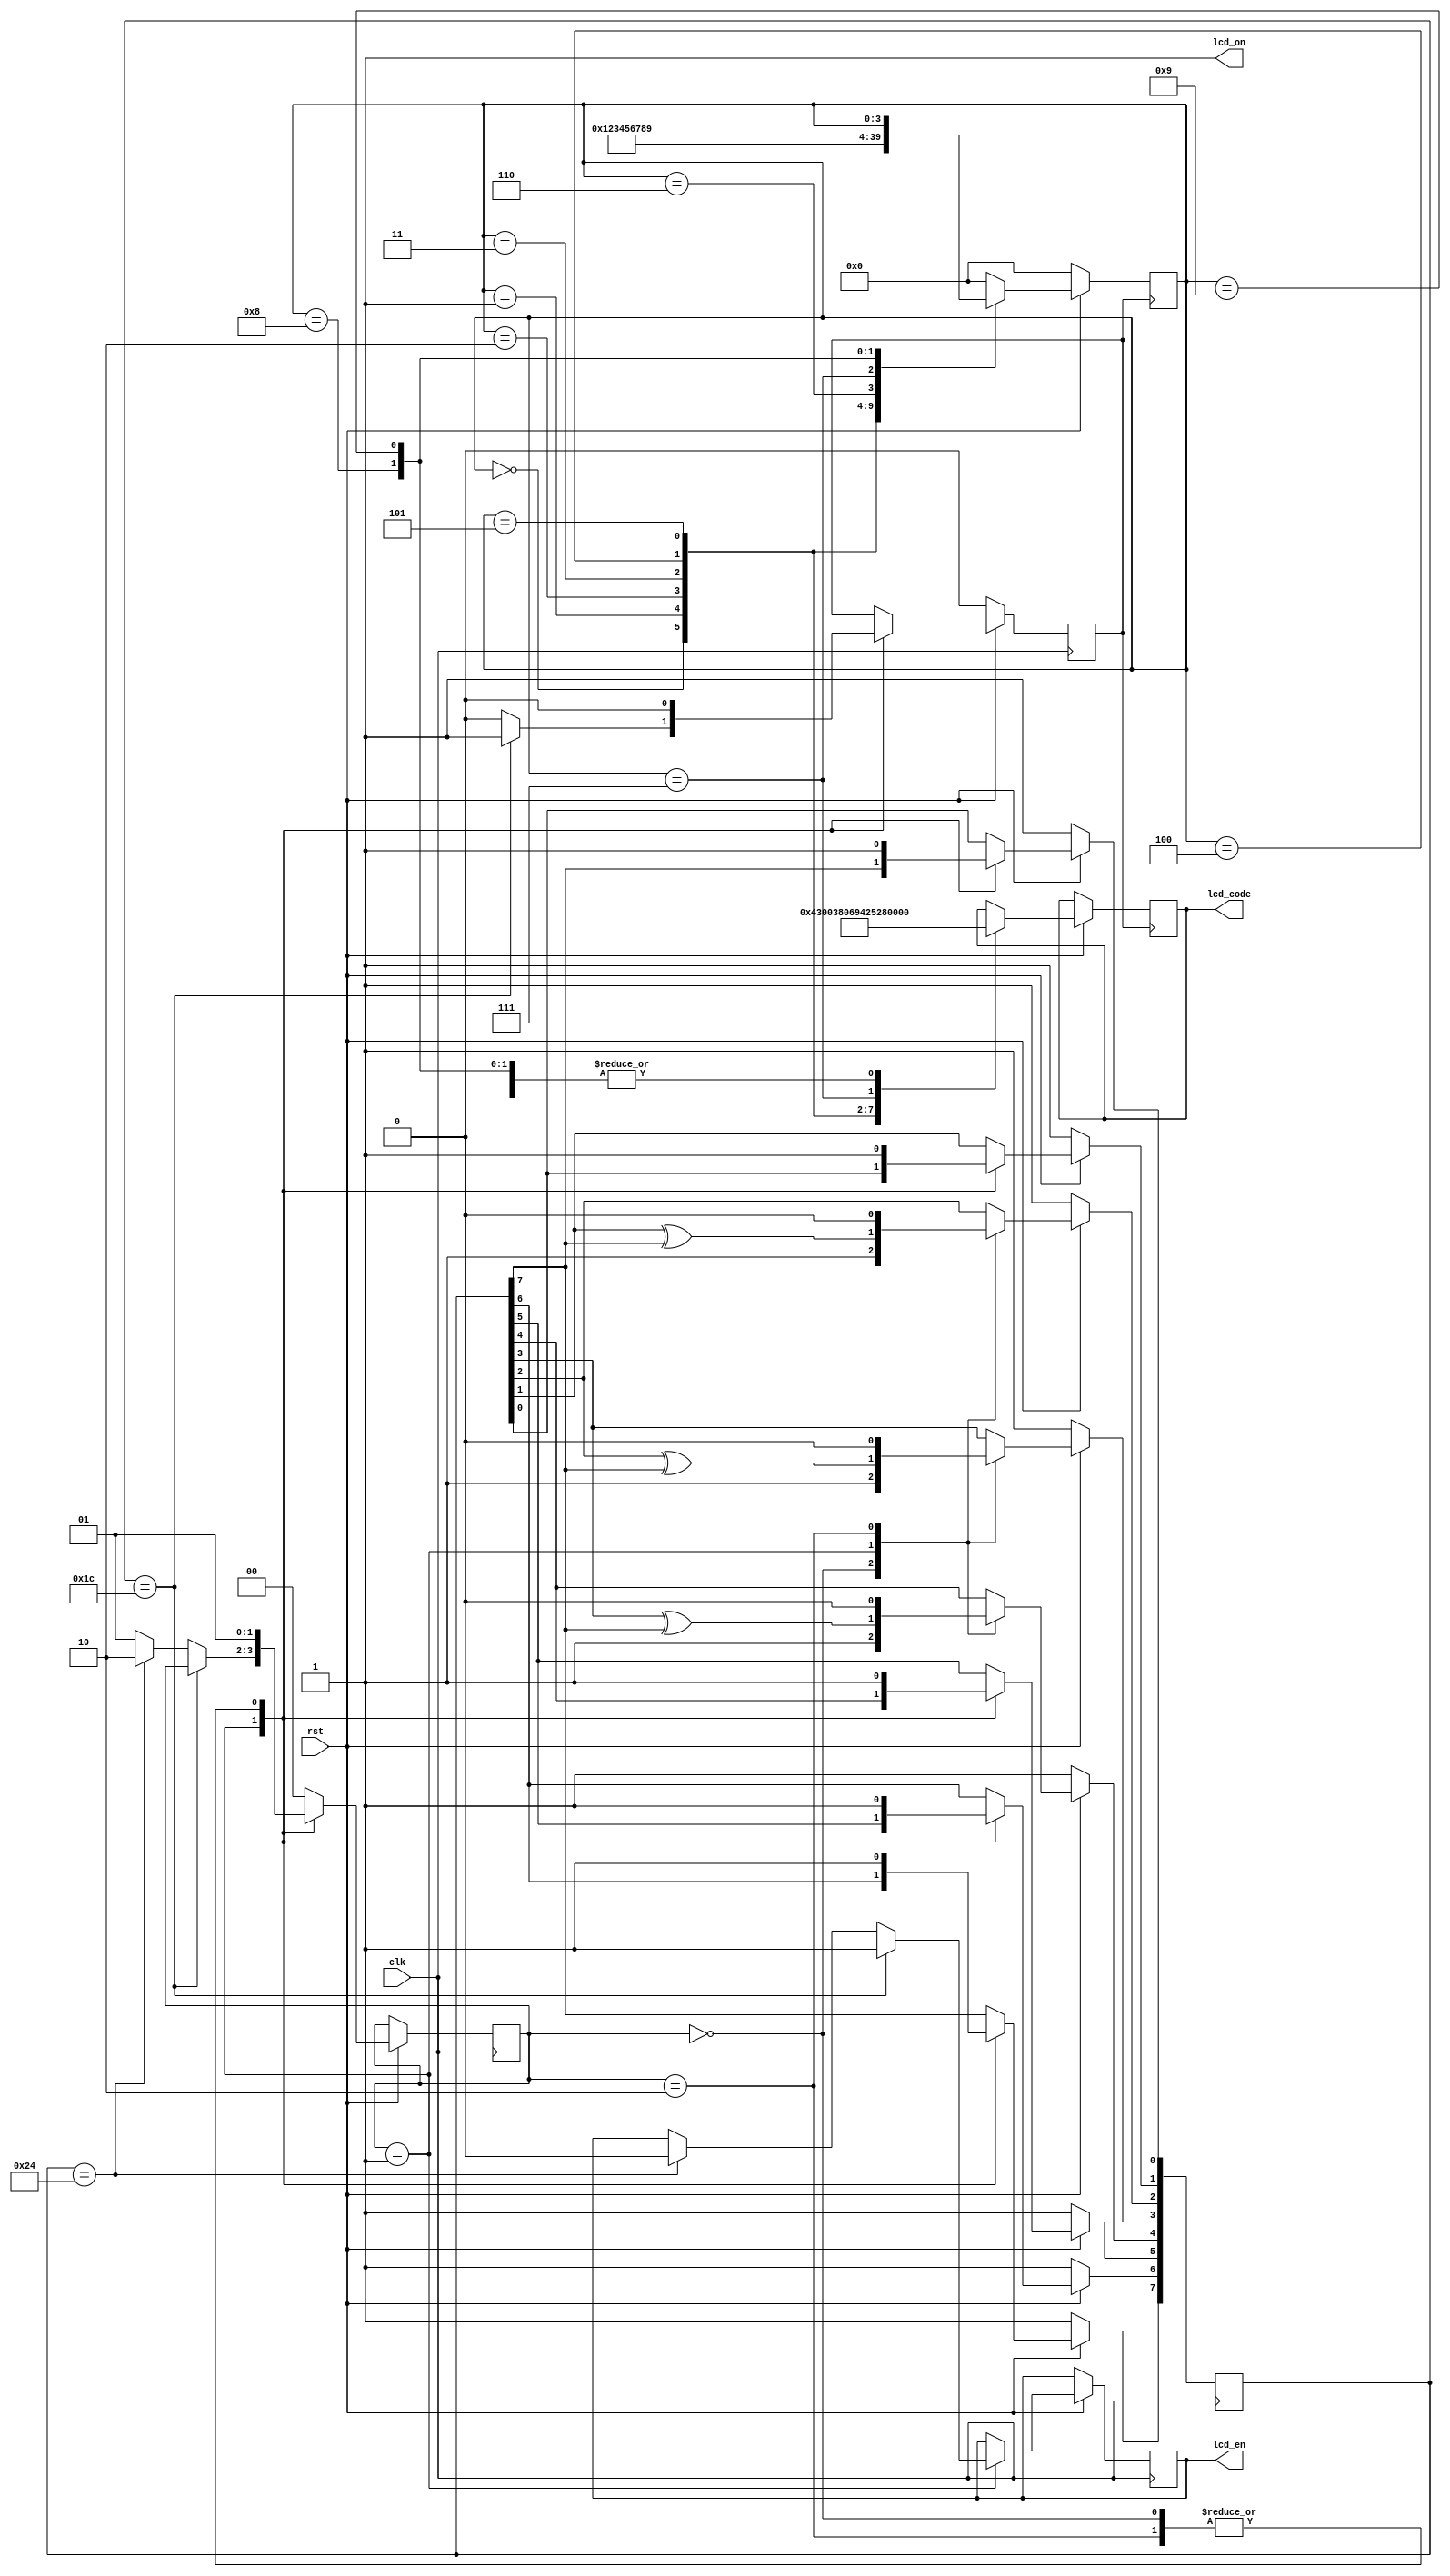
module Testlcd(clk, rst, lcd_code, lcd_en, lcd_on);
input clk, rst;
output [9:0]lcd_code;
output lcd_en, lcd_on;
reg lcd_en;
reg lcd_on = 1;

reg [9:0]lcd_code;
reg TimerIndicator;
reg [1:0] state;
reg [3:0] StateLcd;
reg [7:0] LFSR;
wire feedback = LFSR[7];
parameter IDLE = 0, CountState = 1, RestartCount = 2;
parameter LcdIdle = 0, FirstInitial = 1, SecondInitial = 2, ThirdInitial = 3, FirstAlpha = 4, SecondAlpha = 5, ThirdAlpha = 6, ForthAlpha = 7, FifthAlpha = 8, SixthAlpha = 9;
 always @(posedge clk)//1000ns timer
  begin
      
      if(rst == 0)
      begin
        LFSR <= 16'hff;
        TimerIndicator <= 1'b0;
        
      end
      else
        begin
	  case(state)
            IDLE : begin
                   LFSR <= 16'hff;
                   
                   
                   state <= CountState;
                   TimerIndicator <= 1'b0;
                   
                   
                   end
            CountState : begin
                             
     			     LFSR[0] <= feedback;
    				LFSR[1] <= LFSR[0];
    			LFSR[2] <= LFSR[1] ^ feedback;
    			LFSR[3] <= LFSR[2] ^ feedback;
    			LFSR[4] <= LFSR[3] ^ feedback;
    			LFSR[5] <= LFSR[4];
   			 LFSR[6] <= LFSR[5];
    			LFSR[7] <= LFSR[6];
                         if(LFSR == 8'h1c)//sequence that indicates 1000ns mark
                           begin
                             TimerIndicator <= 1'b1;
                             
			     lcd_en <= 1'b1;
                             end
                           else if(LFSR == 8'h24)
                            begin
                            TimerIndicator <= 1'b0;
                             state <= RestartCount;
			     lcd_en <= 1'b0;
                            end
                           else 
                             begin
                               TimerIndicator <= 1'b0;
                               state <= CountState;
                             end
 
			 end
         RestartCount : begin
                        
                        TimerIndicator <= 1'b0;//restart count if 1ms reached since 16 bit lfsr can count more than 1ms
                        state <= CountState;//the sequence would change everytime i.e. timer would be inaccurate
                        LFSR <= 16'he3;
                        end
	 
         default : begin
                   state <= IDLE;
                   end
         endcase
       end
end

always@(posedge TimerIndicator)
begin
 
 if (rst==0)
   begin
   StateLcd <= LcdIdle;
  
   end
 else
   begin
     case(StateLcd)
       LcdIdle : begin 
                   lcd_code <= 10'b0000000001;
                   StateLcd <= FirstInitial;
                 end
       FirstInitial : begin
                        lcd_code <= 10'b0000110000;
                        StateLcd <= SecondInitial;
                      end
       SecondInitial : begin
                        lcd_code <= 10'b0000001110;
                        StateLcd <= ThirdInitial;
                      end
	ThirdInitial : begin
                        lcd_code <= 10'b0000000110;
                        StateLcd <= FirstAlpha;
                      end
	FirstAlpha : begin
                        lcd_code <= 10'b1001010000;
                        StateLcd <= SecondAlpha;
                      end
	SecondAlpha : begin
                        lcd_code <= 10'b1001010010;
                        StateLcd <= ThirdAlpha;
                      end
	ThirdAlpha : begin
                        lcd_code <= 10'b1001000001;
                        StateLcd <= ForthAlpha;
                      end
	ForthAlpha : begin
                        lcd_code <= 10'b1001001110;
                        StateLcd <= FifthAlpha;
                      end
	FifthAlpha : begin
                        lcd_code <= 10'b1001000001;
                        StateLcd <= SixthAlpha;
                      end
	SixthAlpha : begin
                        lcd_code <= 10'b1001000001;
                        
                     end
	default : begin StateLcd <= LcdIdle;end
    endcase
  end
end
endmodule